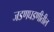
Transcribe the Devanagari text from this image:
जडणघडणीतील